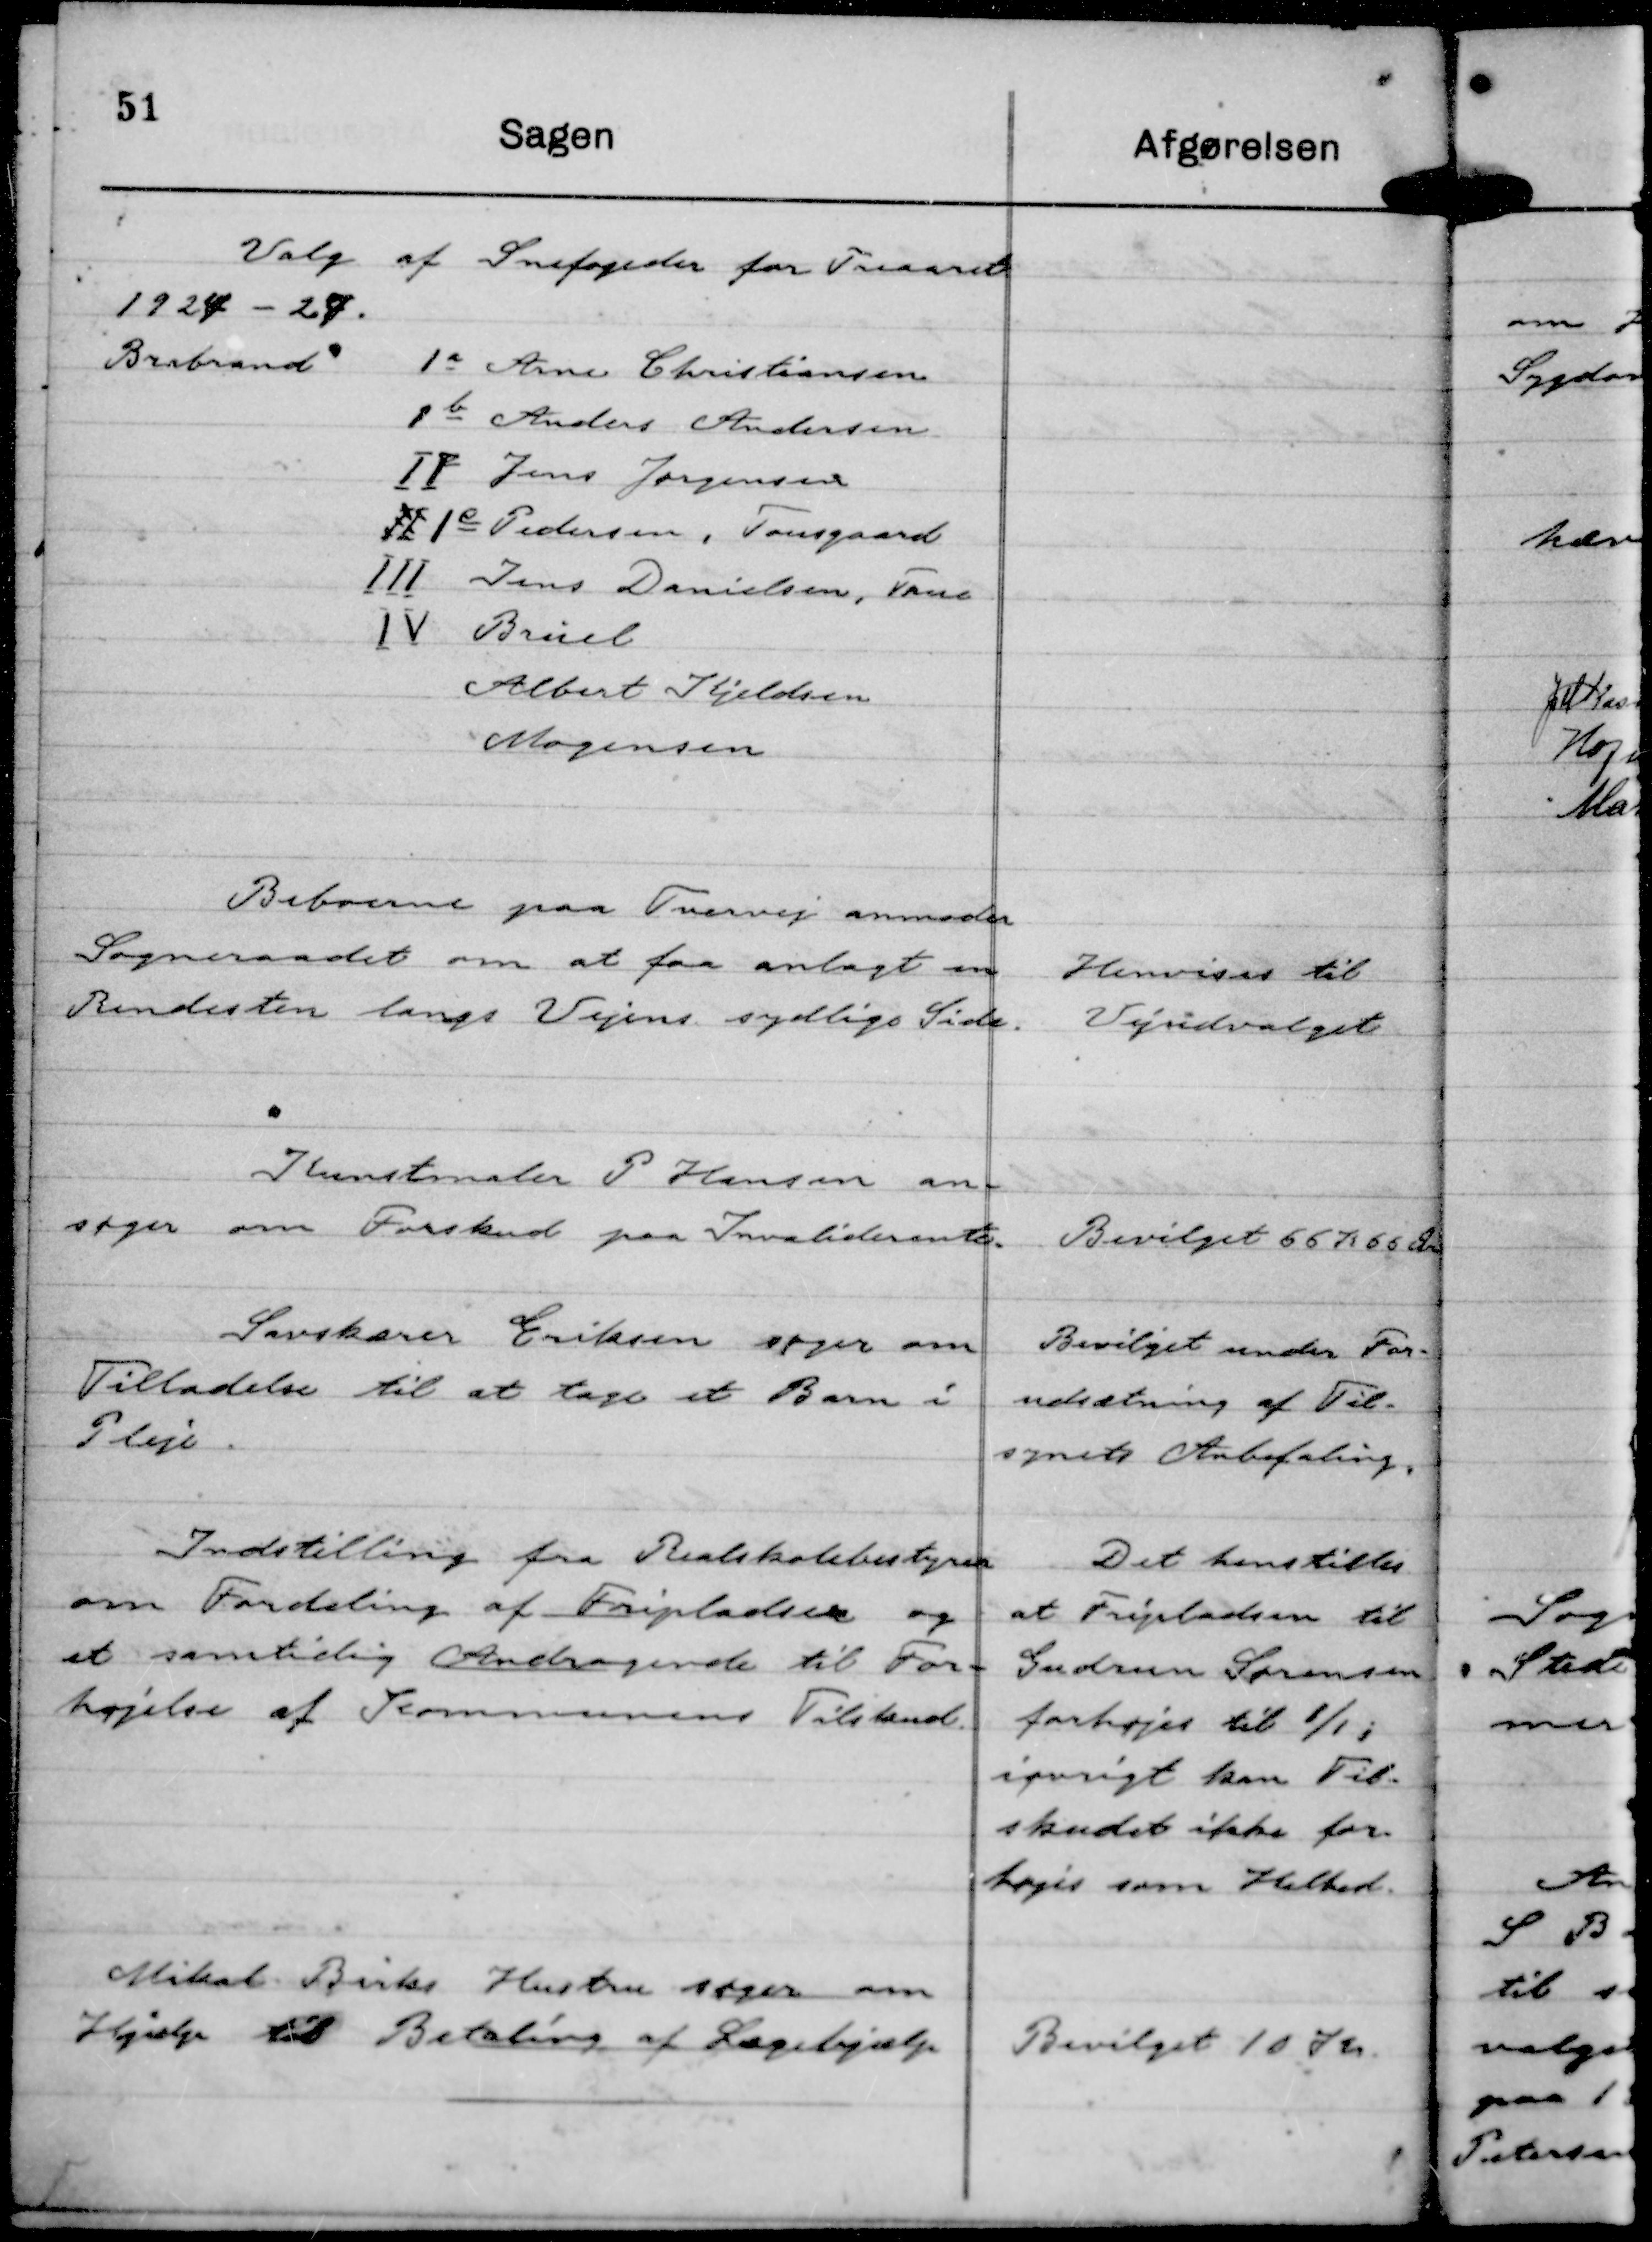
Transskription:
Valg af Snefogeder for Treaaret
1924 - 27.
Brabrand 1 a Arne Christiansen
1 b Anders Andersen
II Jens Jørgensen
Ⅱ 1 c Pedersen, Tousgaard
Ⅲ Jens Danielsen, True
Ⅳ Brüel
Albert Kjeldsen
Mogensen

Beboerne paa Tvervej anmoder
Sogneraadet om at faa anlagt en
Rendesten langs Vejens sydlige Side.

Henvises til
Vejudvalget

Kunstmaler P Hansen an-
søger om Forskud paa Invaliderente.

Bevilget 66 Kr 66 Øre

Savskærer Eriksen søger om
Tilladelse til at tage et Barn i
Pleje.

Bevilget under For-
udsætning af Til-
synets Anbefaling.

Indstilling fra Realskolebestyrer
om Fordeling af Fripladser og
et samtidig Andragende til For-
højelse af Kommunens Tilskud.

Det henstilles
at Fripladsen til
Gudrun Sørensen
forhøjes til 1/1 i
iøvrigt kan Til-
skudet ikke for-
højes som Helhed.

Mikal Birks Hustru søger om
Hjælp til Betaling af Lægehjælp

Bevilget 10 Kr.